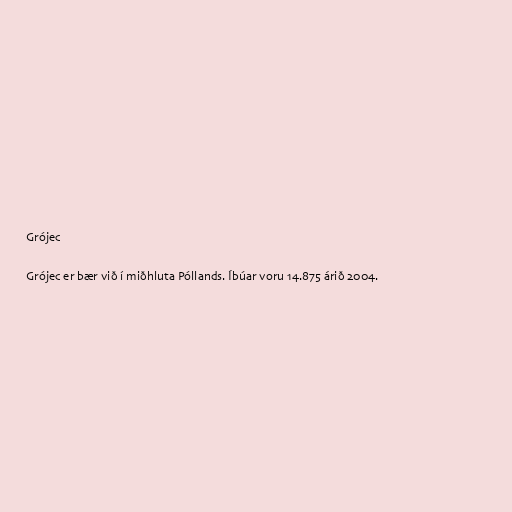
Grójec

Grójec er bær við í miðhluta Póllands. Íbúar voru 14.875 árið 2004.